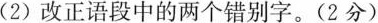
(2)改正语段中的两个错别字。(2分)